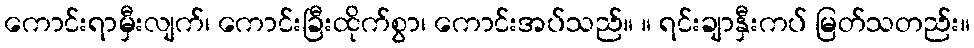
ကောင်းရာမှီးလျက်၊ ကောင်းခြီးထိုက်စွာ၊ ကောင်းအပ်သည်။ ။ ရင်းချာနှီးကပ် မြတ်သတည်း။